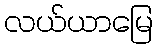
လယ်ယာမြေ